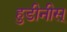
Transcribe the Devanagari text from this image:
हुडीनीस्